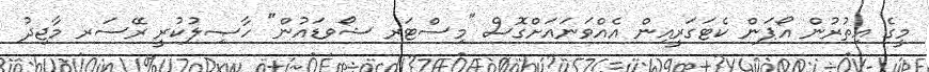
މީގެ އިތުރުން އޯޕަން ކެޓަގަރީއިން އެއްވަނައަށްގޮސް "މިސްޓަރ ޝޯވޑައުން" ހާޞިލުކުރީ ރޭސަރ މާޖިދު